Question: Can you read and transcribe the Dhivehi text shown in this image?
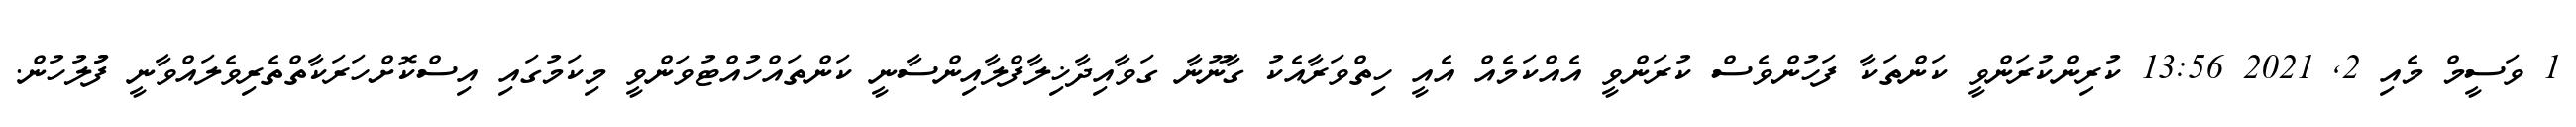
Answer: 1 ވަސީމް މެއި 2, 2021 13:56 ކުރިންކުރަންވީ ކަންތަކާ ފަހުންވެސް ކުރަންވީ އެއްކަމެއް އެއީ ހިތްވަރާއެކު ގާނޫނާ ގަވާއިދާޚިލާފްލާއިންސާނީ ކަންތައްހުއްޓުވަންވީ މިކަމުގައި އިސްކޮށްހަރަކާތްތެރިވެލައްވާނީ ފުުލުހުން.